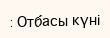
: Отбасы күні